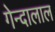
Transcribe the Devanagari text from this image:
गेन्दालाल